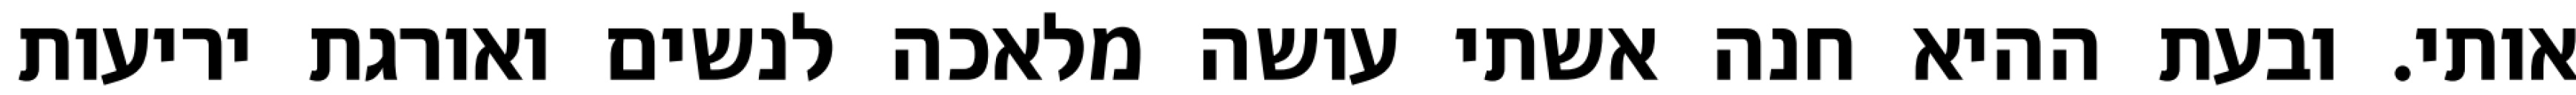
אותי. ובעת ההיא חנה אשתי עושה מלאכה לנשים ואורגת יריעות